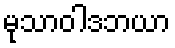
မုသာဝါဒဘယာ